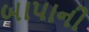
બાપાની